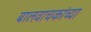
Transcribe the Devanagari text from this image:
बालवाचकांच्या